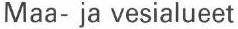
Maa- ja vesialueet